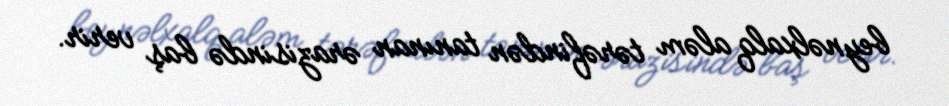
beynəlxalq aləm tərəfindən tanınan ərazisində baş verir.